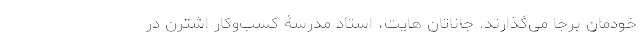
خودمان برجا می‌گذارند. جاناتان هایت، استاد مدرسۀ کسب‌وکار اشترن در